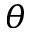
\theta